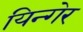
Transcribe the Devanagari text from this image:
यिन्गेर